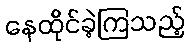
နေထိုင်ခဲ့ကြသည့်